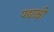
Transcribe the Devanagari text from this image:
पद्याक्षी